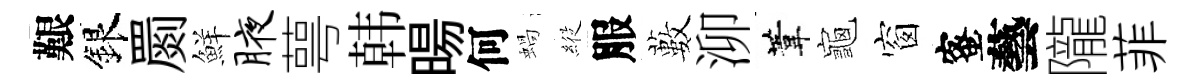
艱銀罽鮮腋萼韩暘何蝸𦂵服藪泖葦龜窗蜜藝隴菲